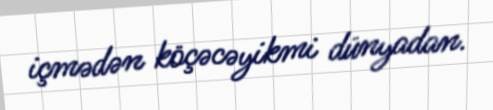
içmədən köçəcəyikmi dünyadan.